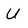
Character: U